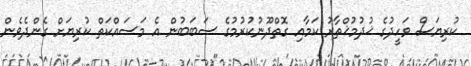
ކުރިޔަސް ވަހީދުގެ ޚުދުމުޚްތާރު ކަމާއި ގޮތްދޫނުކުރުމުގެ ސަބަބުން އެ މަސައްކަތް ކުރިޔަށް ގެންދެވެން